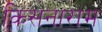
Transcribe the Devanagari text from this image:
किसनाराम